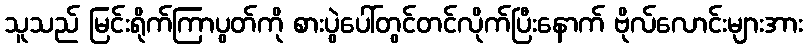
သူသည် မြင်းရိုက်ကြာပွတ်ကို စားပွဲပေါ်တွင်တင်လိုက်ပြီးနောက် ဗိုလ်လောင်းများအား